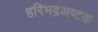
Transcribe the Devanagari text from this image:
हरिभद्रअष्टक